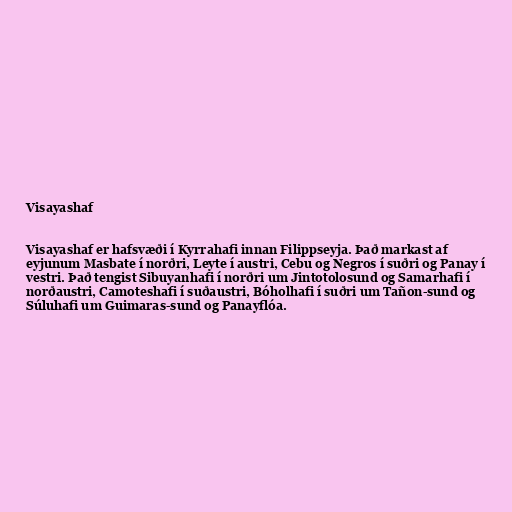
Visayashaf

Visayashaf er hafsvæði í Kyrrahafi innan Filippseyja. Það markast af
eyjunum Masbate í norðri, Leyte í austri, Cebu og Negros í suðri og Panay í
vestri. Það tengist Sibuyanhafi í norðri um Jintotolosund og Samarhafi í
norðaustri, Camoteshafi í suðaustri, Bóholhafi í suðri um Tañon-sund og
Súluhafi um Guimaras-sund og Panayflóa.